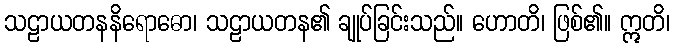
သဠာယတနနိရောဓော၊ သဠာယတန၏ ချုပ်ခြင်းသည်။ ဟောတိ၊ ဖြစ်၏။ ဣတိ၊